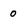
Character: 0